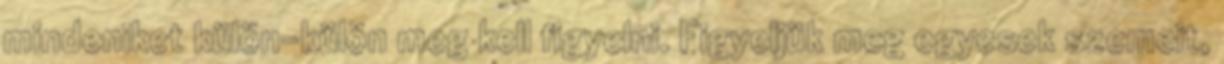
mindeniket külön-külön meg kell figyelni. Figyeljük meg egyesek szemeit,